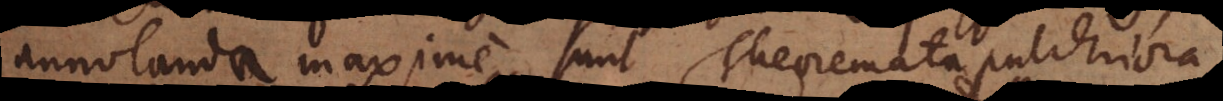
annotanda maxime sunt Theoremata pulchriora,